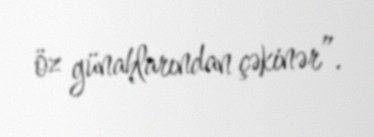
öz günahlarından çəkinər”.